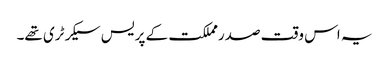
یہ اس وقت صدرمملکت کے پریس سیکرٹری تھے۔